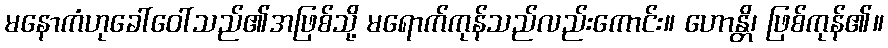
မနောကံဟုခေါ်ဝေါ်သည်၏အဖြစ်သို့ မရောက်ကုန်သည်လည်းကောင်း။ ဟောန္တိ၊ ဖြစ်ကုန်၏။